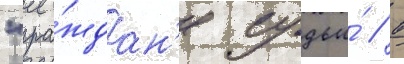
"гра́ждан'е судьи́ / в